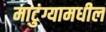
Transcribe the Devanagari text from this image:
माटुंग्यामधील